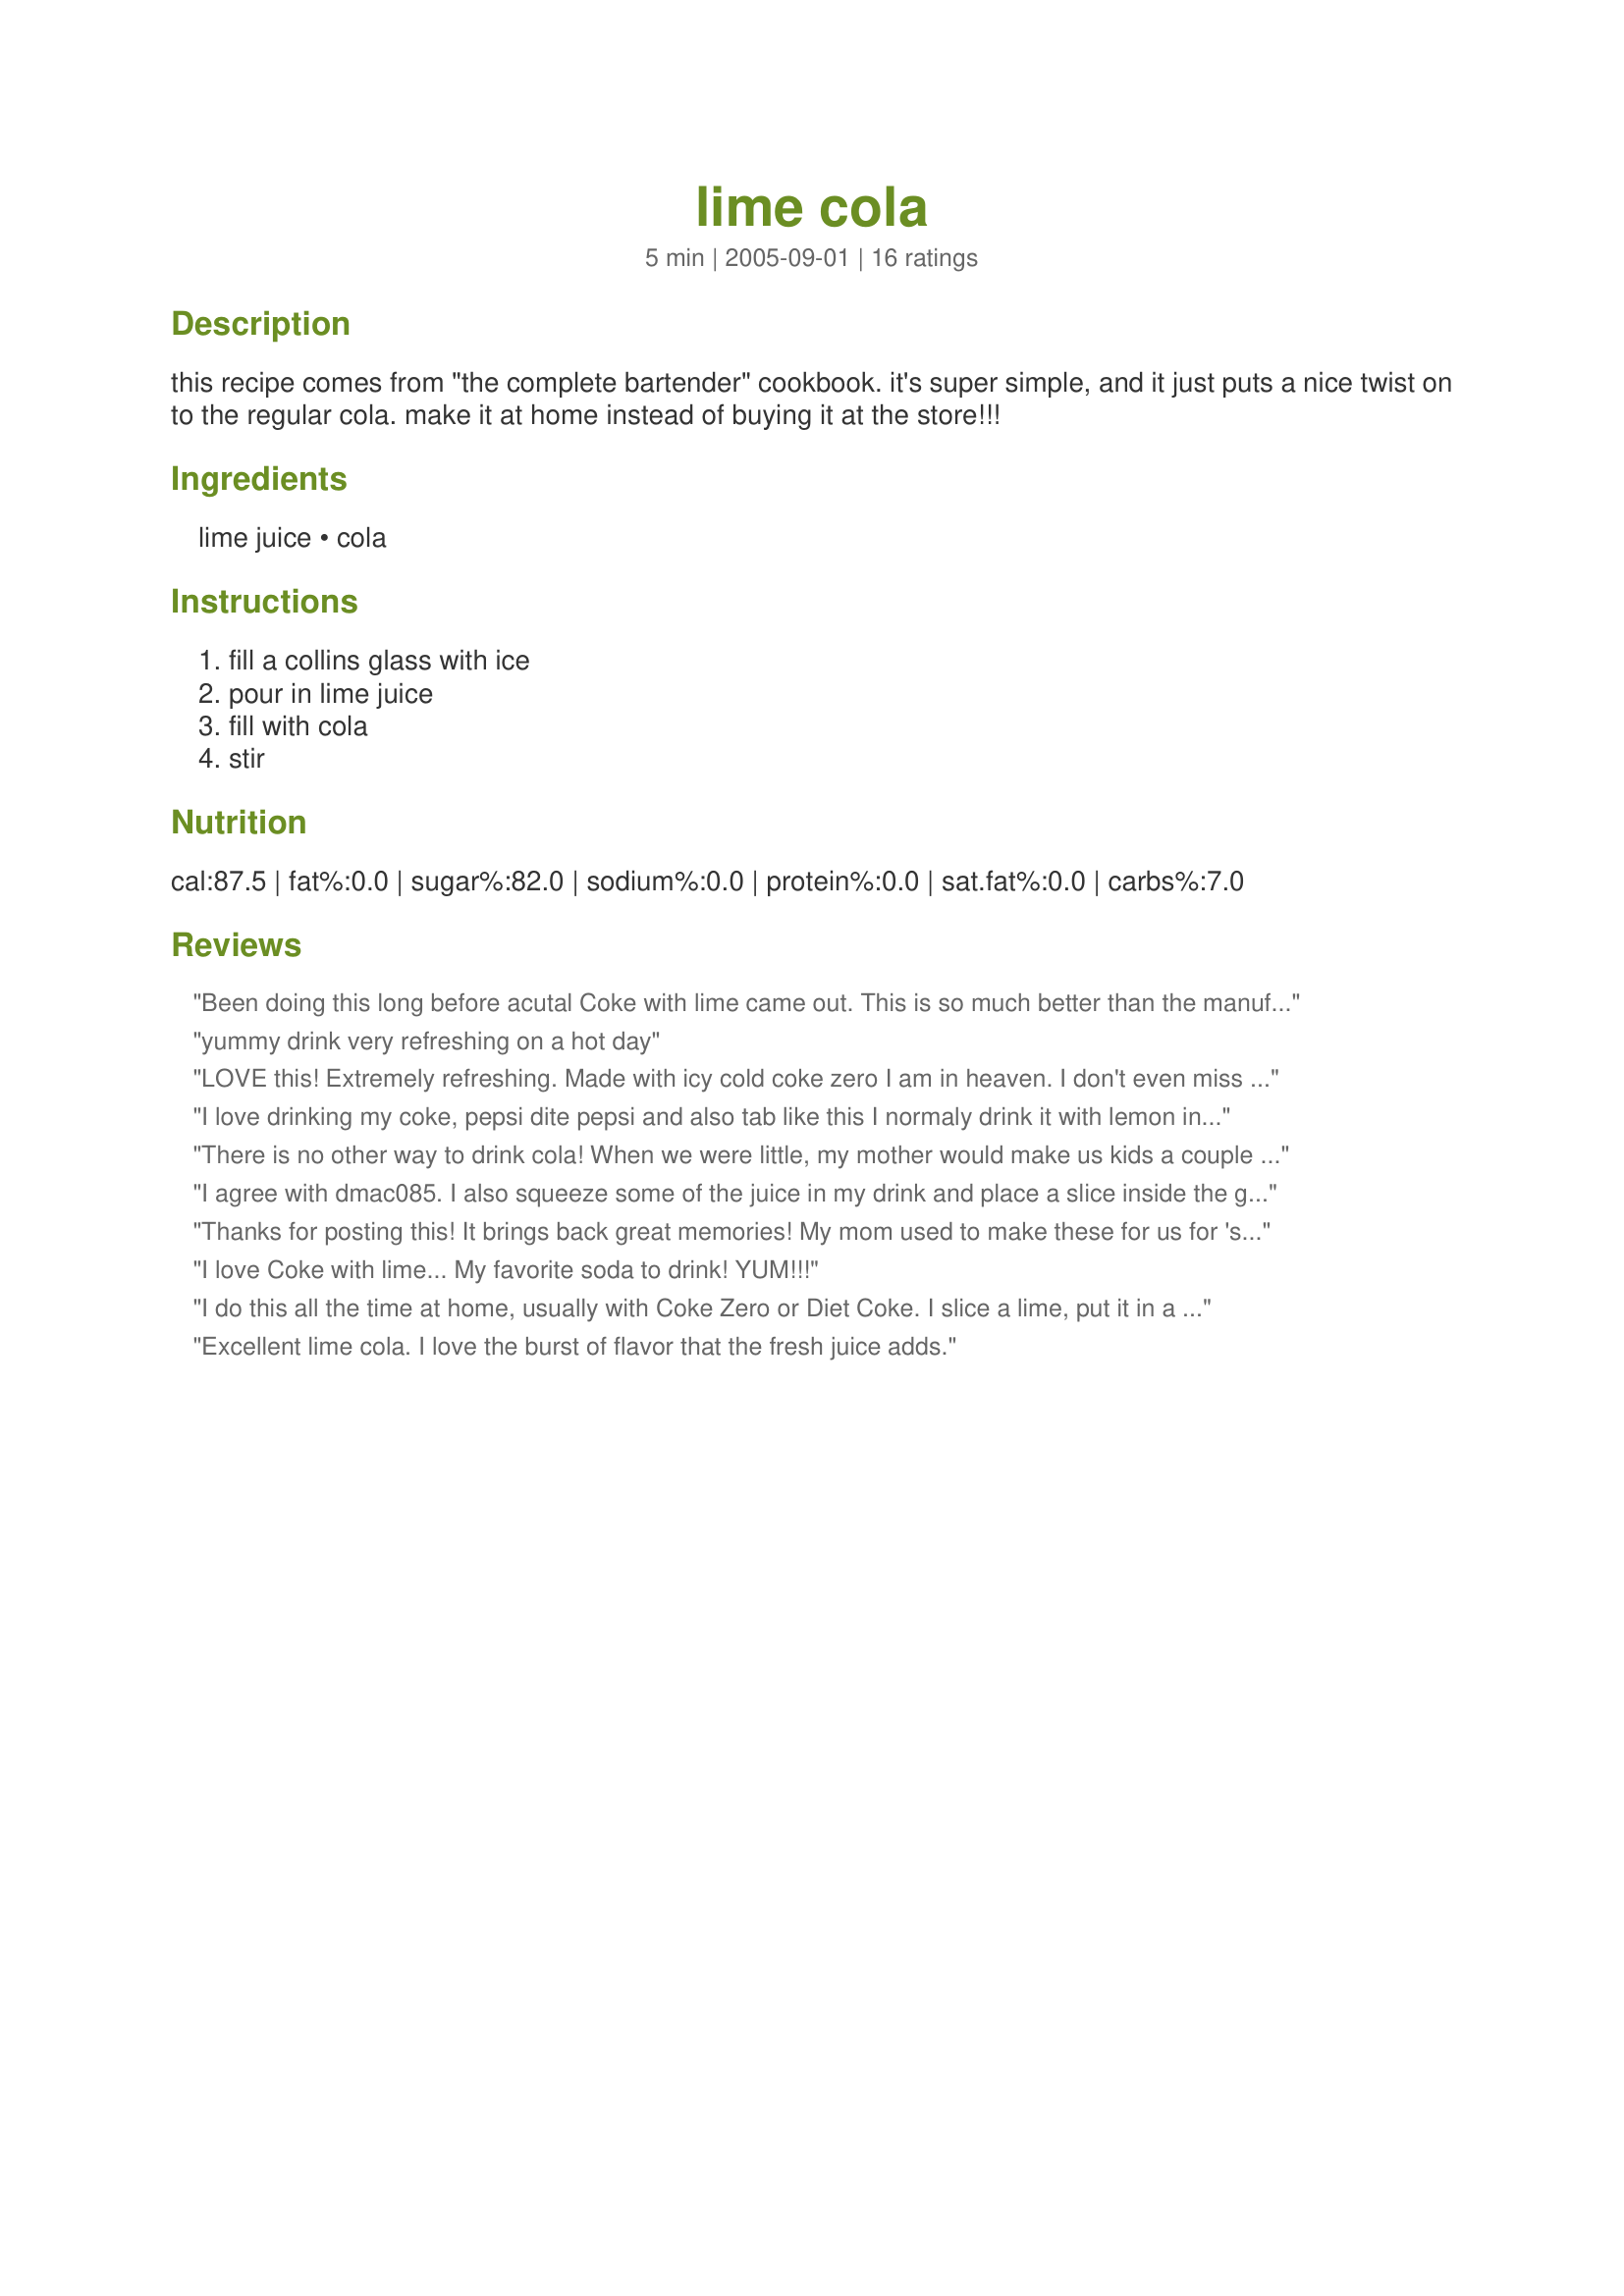
lime cola
Preparation time: 5 minutes

this recipe comes from "the complete bartender" cookbook. it's super simple, and it just puts a nice twist on to the regular cola. make it at home instead of buying it at the store!!!

Ingredients:
lime juice, cola

Steps:
fill a collins glass with ice, pour in lime juice, fill with cola, stir

Reviews:
Been doing this long before acutal Coke with lime came out. This is so much better than the manufactured stuff. I love limes! Refreshing and delicious!
yummy drink very refreshing on a hot day
LOVE this! Extremely refreshing. Made with icy cold coke zero I am in heaven. I don't even miss the rum.........much.
I love drinking my coke, pepsi dite pepsi and also tab like this I normaly drink it with lemon instead of lime. Even at resturants I ask for lemon with my pepsi, thats the only way to drink it although some times i get weird looks from the waiter.

There is no other way to drink cola! When we were little, my mother would make us kids a couple of ounces of cola (as a super-special treat) and top it off with a wedge of lime...we called them Coke Cocktails. Thanks for the wonderful memories, my DH thinks I'm so weird when I drink this.
I agree with dmac085. I also squeeze some of the juice in my drink and place a slice inside the glass. This works well for lemons also.
Thanks for posting this! It brings back great memories! My mom used to make these for us for 'special times'--we called them Coke Cocktails and only drank them in special glasses. Funny, Houseblend, your mom did that too! Wink, Wink!
I love Coke with lime... My favorite soda to drink! YUM!!!
I do this all the time at home, usually with Coke Zero or Diet Coke. I slice a lime, put it in a baggie in the fridge, and then squeeze a section over ice & pour my cola in - a great, refreshing individual treat ;)
Excellent lime cola. I love the burst of flavor that the fresh juice adds.
I LOVE lime in coke! I order it all the time at Sonic...the ice is great there too. When I make it at home I squeeze half a lime in and float the lime in the glass. The fresh juice makes all the difference.
I do love this combo but for some reason (even when I have limes) I forget about it so seeing this here is nice reminder to have it again! :)
This is awesome! Way better than the premade lime colas. I think those taste like there is festering rotten lime in them. lol Anyway, I used organic bottled lime juice. It was great! Thanks!
I have done this for many years. I also love to add lemon to my coke at times as well. But the lime is the best!!!!
so simple, but oh so good! :) love this recipe. I made mine with diet coke to treat myself after I finished up cooking lunch. perfect! SO much better than the canned/bottled kind. thanks for sharing this!
This is my drink of choice all year long! I've been drinking lime cokes (and Dr. Peppers) since the 60's. Try adding maraschino cherries for a Cherry Lime Coke or Diet Coke. My sister drank Pineapple Dr. Pepper-just add a bit of crushed pineapple to the Dr. Pepper--Yum!
